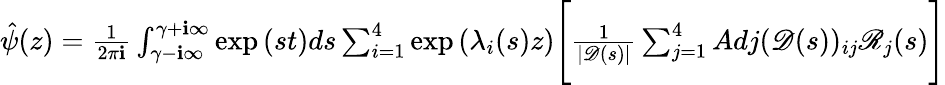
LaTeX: \begin{array}{r}{\hat{\psi}(z)=\frac{1}{2\pi\mathbf{i}}\int_{\gamma-\textbf{i}\infty}^{\gamma+\textbf{i}\infty}\exp{(st)}ds\sum_{i=1}^{4}\exp{(\lambda_{i}(s)z)}\Bigg[\frac{1}{|\mathscr{D}(s)|}\sum_{j=1}^{4}Adj(\mathscr{D}(s))_{ij}\mathscr{R}_{j}(s)\Bigg]}\end{array}